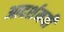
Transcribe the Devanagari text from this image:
आदर्शमयी